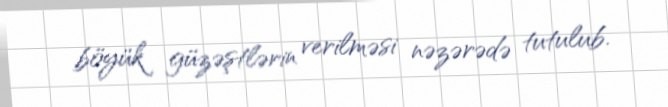
böyük güzəştlərin verilməsi nəzərədə tutulub.